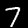
Digit: 7